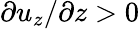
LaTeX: \partial u_{z}/\partial z>0